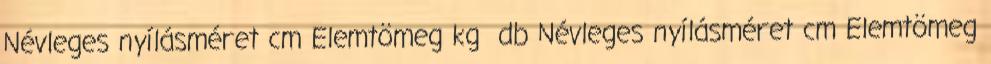
Névleges nyílásméret cm Elemtömeg kg db Névleges nyílásméret cm Elemtömeg